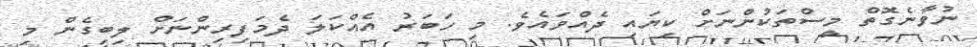
ނުވާނެގޮތް މީސްތަކުންނަށް ކިޔައި ދެއްވައެވެ. މި ހަބަރު އެއްކަލަ ދެމަފިރިންނަށް ލިބިގެން މި